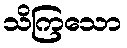
သိကြသော